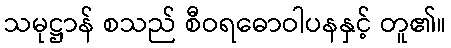
သမုဋ္ဌာန် စသည် စီဝရဓောဝါပနနှင့် တူ၏။